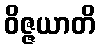
ဝိဇ္ဇယာတိ